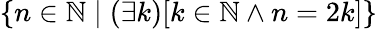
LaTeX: \{ n\in\mathbb{N}\mid(\exists k)[k\in\mathbb{N}\land n=2k]\}